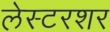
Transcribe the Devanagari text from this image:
लेस्टरशर